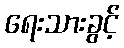
ရေးသားခွင့်